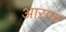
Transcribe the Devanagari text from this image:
आराक